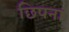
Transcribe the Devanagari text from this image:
छिपना